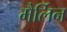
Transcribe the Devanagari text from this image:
मैर्लिन